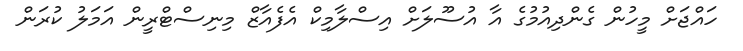
ހައްޖަށް މީހުން ގެންދިއުމުގެ އާ އުސޫލަށް އިސްލާމިކް އެފެއާޒް މިނިސްޓްރީން އަމަލު ކުރަން